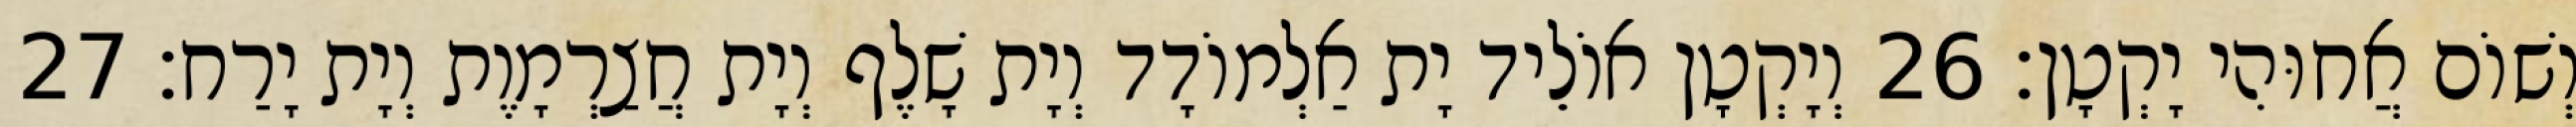
וְשׁוֹם אֲחוּהִי יָקְטָן׃ 26 וְיָקְטָן אוֹלֵיד יָת אַלְמוֹדָד וְיָת שָׁלֶף וְיָת חֲצַרְמָוֶת וְיָת יָרַח׃ 27